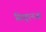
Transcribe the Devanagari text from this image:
सिगुएनज़ा